Scottish assistants in French schools and colleges, 1929
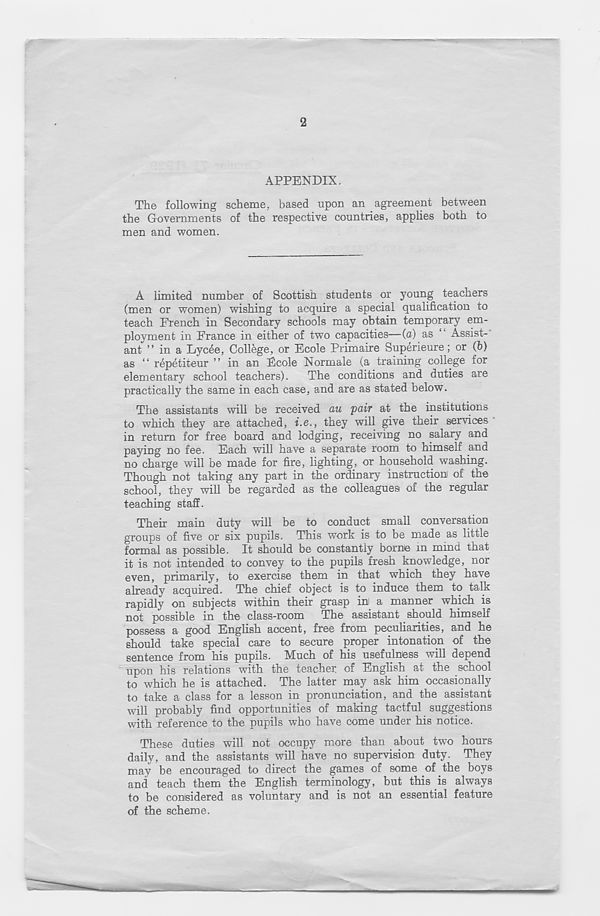
2
APPENDIX.
The following scheme, based upon an agreement between
the Governments of the respective countries, applies both to
men and women.
A limited number of Scottish students or young teachers
(men or women) wishing to acquire a special qualification to
teach French in Secondary schools may obtain temporary em-
ployment in France in either of two capacities—(a) as Assist-
ant ” in a Lycde, College, or Ecole Primaire Superieure; or (b)
as “ repetiteur ” in an Fcole Normale (a training college for
elementary school teachers).
The conditions and duties are
practically the same in each case, and are as stated below.
The assistants will be received au pair at the institutions
to which they are attached, i.e., they will give their services
in return for free board and lodging, receiving no salary and
paying no fee. Each will have a separate room to himself and
no charge will be made for fire, lighting, or household washing.
Though not taking any part in the ordinary instruction of the
school, they will be regarded as the colleagues of the regular
teaching staff.
Their main duty will be to conduct small conversation
groups of five or six pupils. This work is to be made as little
formal as possible. It should be constantly borne in mind that
it is not intended to convey to the pupils fresh knowledge, nor
even, primarily, to exercise them in that which they have
already acquired. The chief object is to induce them to talk
rapidly on subjects within their grasp ini a manner which is
not possible in the class-room The assistant should himself
possess a good English accent, free from peculiarities, and he
should take special care to secure proper intonation of the
sentence from his pupils. Much of his usefulness will depend
upon his relations with the teacher, of English at the school
to which he is attached. The latter may ask him occasionally
to take a class for a lesson in pronunciation, and the assistant
will probably find opportunities of making tactful suggestions
with reference to the pupils who have come under his notice.
These duties will not occupy more than about two hours
daily, and the assistants will have no supervision duty. They
may be encouraged to direct the games of some of the boys
and teach them the English terminology, but this is always
to be considered as voluntary and is not an essential feature
of the scheme.